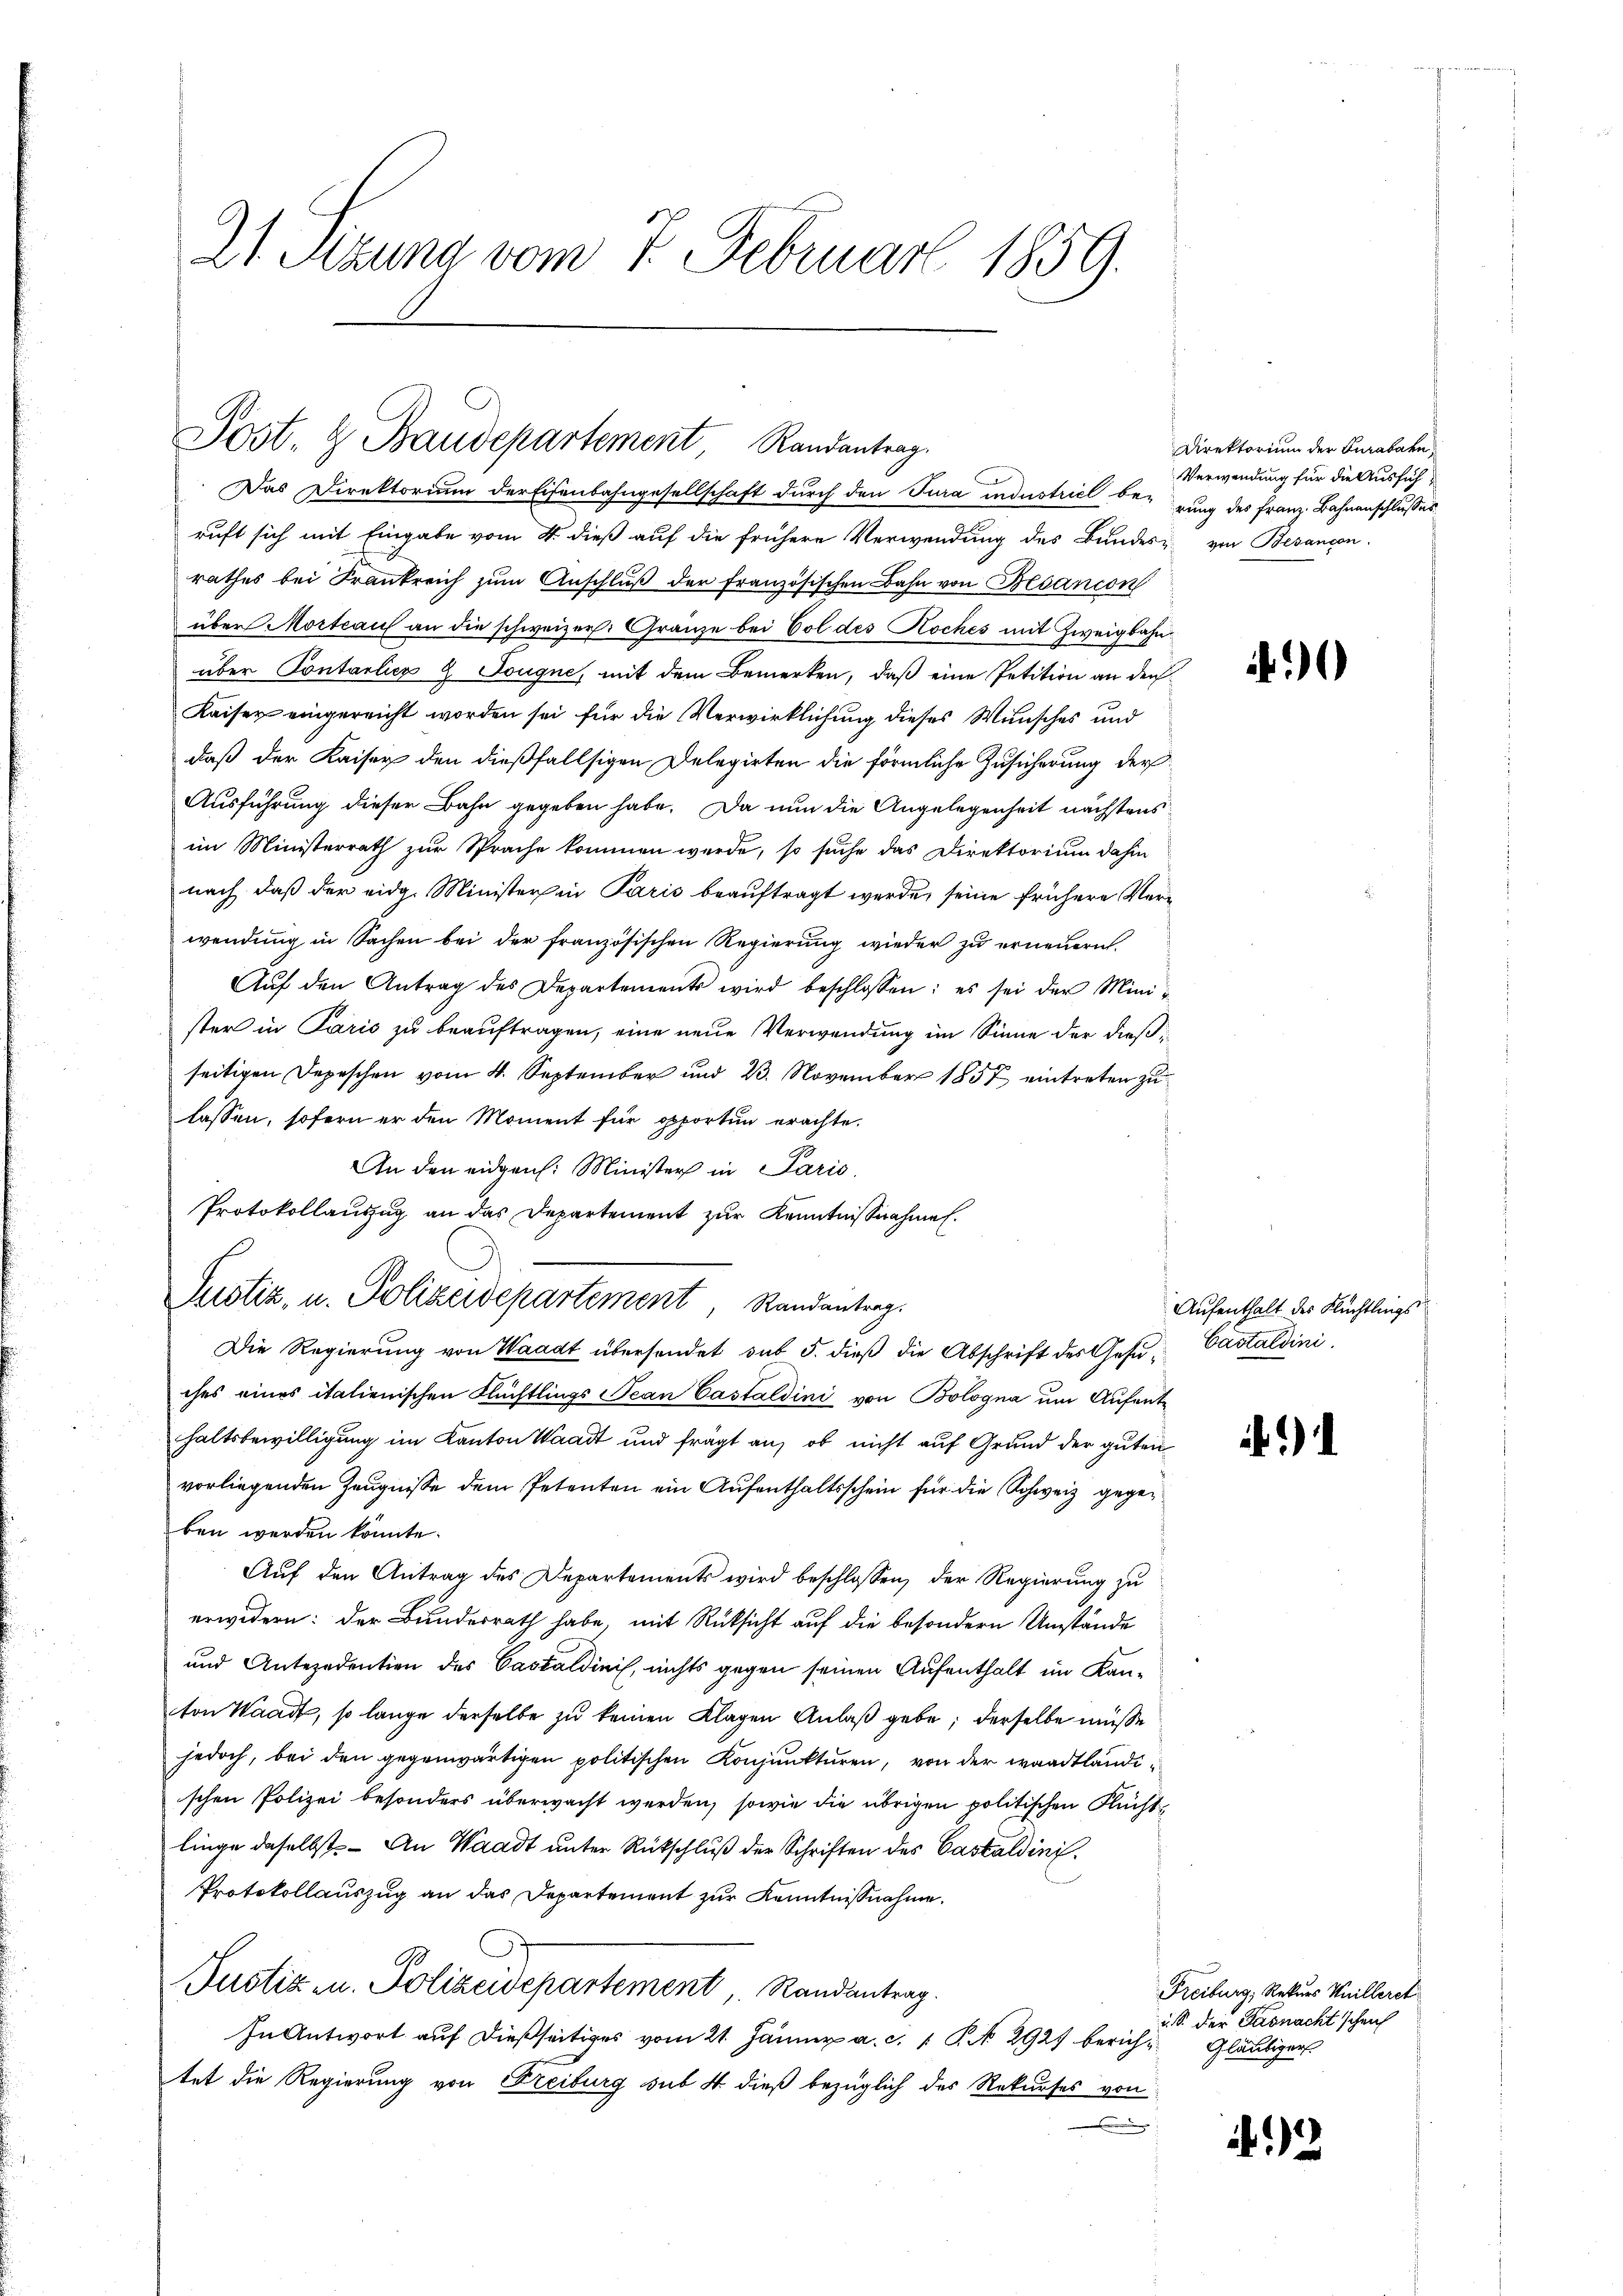
21. Sezung vom 7. Februar 1859.

Post. & Baudepartement Randantrag.
Das Direktorium der Eisenbahngesellschaft durch den Tura industriel berung des Franz Bahnanschlusses

ruft sich mit Eingabe vom 4. dieß auf die frühere Verwendung des Bundes von Besançon
rathes bei Frankreich zŭm Anschlŭβ der französischen Bahn von Gesancon
über Mortrauf an die schweizer. Gränze bei Col des Koches mit Zweigbahn
über Contarlier & Tougne, mit dem Bemerken, daß eine Petition an den
Kaiser eingereicht worden sei für die Verwirklichung dieses Wunsches und
daß der Kaiser den dießfallsigen Delegirten die förmliche Zusicherung der
Ausführung dieser Bahn gegeben habe. Da nun die Angelegenheit nächstens
im Ministerrath zur Sprache kommen werde, so suche das Direktorium dahin
nach, daß der eidg. Minister in Paris beauftragt werde, seine frühere Verwendung in Sachen bei der französischen Regierung wieder zu erneuern.
Aŭf den Antrag des Departements wird beschlossen: es sei der Mini-
ster in Paris zu beauftragen, eine neue Verwendung im Sinne der dießseitigen Depeschen vom 4. September und 23. November 1857 eintreten zu
lassen, sofern er den Moment für opporten erachte.
An den eidgen. Minister in Paris
Protokollauszug an das Departement zur Kenntnißnahmen.
Die Regierung von Waadt übersendet sub 5. dieβ die Abschrift des Gese-Castaldini
ches eines italienischen Flüchtlings Jean Castaldini von Bologna um Aufenthaltsbewilligung im Kanton Waadt und frägt an, ob nicht auf Grund der guten
vorliegenden Zeugnisse dem Petenten ein Aufenthaltsschein für die Schweiz gegeben werden könnte.
Auf den Antrag des Departements wird beschlossen, der Regierung zu
erwidern: der Bunderrath habe, mit Rücksicht auf die besondern Umstände
und Antezedentien des Caskaldinis, nichts gegen seinen Aufenthalt im Kanton Waadt, so lange derselbe zu keinen Klagen Anlaß gebe; derselbe müsse
jedoch, bei den gegenwärtigen politischen Konjunkturen, von der waadtländischen Polizei besonders überwacht werden, sowie die übrigen politischen Flüchtlinge daselbst. - An Waadt unter Rückschluß der Schriften des Castaldini¬
Protokollauszug an das Departement zur Kenntnißnahme.
Justiz u. Polizeidepartement Randantrag.
In Antwort auf dießseitiges vom 21. Jänner a. c. 1 P. No 2927 berich-Gläubiger
tet die Regierung von Freiburg sub 4 dieß bezüglich des Rekurses von
.

Justiz, u. Polizeidepartement Randantrag.

Direktorium der Furabahn
Verwendung für die Ausfüh¬

Aufenthalt des Flüchtlings

)

Freiburg, Rekurs Huilleret
u S. der Gasnacht scheich

2